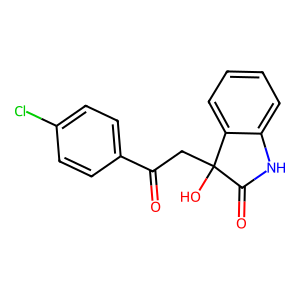
SMILES: O=C(CC1(O)C(=O)Nc2ccccc21)c1ccc(Cl)cc1
Inhibits HIV replication: No